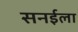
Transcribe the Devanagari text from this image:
सनईला